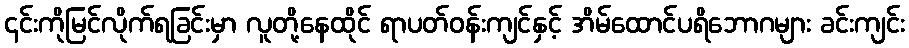
၎င်းကိုမြင်လိုက်ရခြင်းမှာ လူတို့နေထိုင် ရာပတ်ဝန်းကျင်နှင့် အိမ်ထောင်ပရိဘောဂများ ခင်းကျင်း